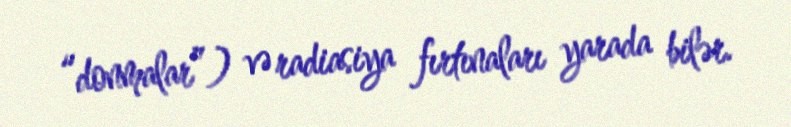
“donmalar”) və radiasiya fırtınaları yarada bilər.